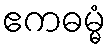
ဧကဓမ္မံ